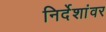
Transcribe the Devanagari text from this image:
निर्देशांवर